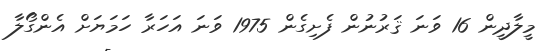
މީލާދީން 16 ވަނަ ޤަރުނުން ފެށިގެން 1975 ވަނަ އަހަރާ ހަމަޔަށް އެންގޯލާ